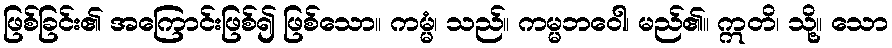
ဖြစ်ခြင်း၏ အကြောင်းဖြစ်၍ ဖြစ်သော။ ကမ္မံ၊ သည်။ ကမ္မဘဝေါ၊ မည်၏။ ဣတိ၊ သို့။ သော